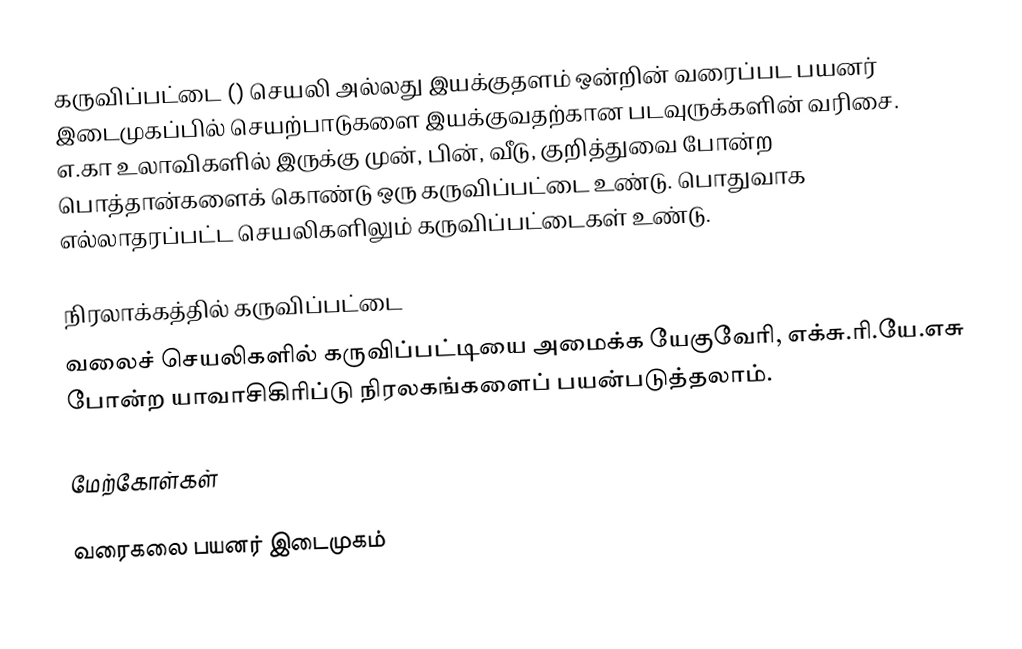
கருவிப்பட்டை () செயலி அல்லது இயக்குதளம் ஒன்றின் வரைப்பட பயனர் இடைமுகப்பில் செயற்பாடுகளை இயக்குவதற்கான படவுருக்களின் வரிசை. எ.கா உலாவிகளில் இருக்கு முன், பின், வீடு, குறித்துவை போன்ற பொத்தான்களைக் கொண்டு ஒரு கருவிப்பட்டை உண்டு. பொதுவாக எல்லாதரப்பட்ட செயலிகளிலும் கருவிப்பட்டைகள் உண்டு.

நிரலாக்கத்தில் கருவிப்பட்டை
வலைச் செயலிகளில் கருவிப்பட்டியை அமைக்க யேகுவேரி, எக்சு.ரி.யே.எசு போன்ற யாவாசிகிரிப்டு நிரலகங்களைப் பயன்படுத்தலாம்.

மேற்கோள்கள்

வரைகலை பயனர் இடைமுகம்